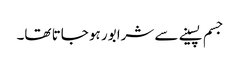
جسم پسینے سے شرابور ہو جاتا تھا۔